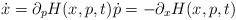
LaTeX: \begin{align*}\dot{x}=\partial_{p}H(x,p,t)\dot{p}=-\partial_{x}H(x,p,t)\end{align*}